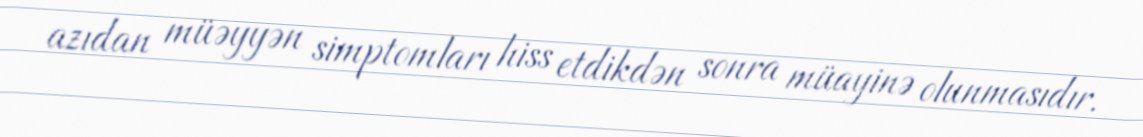
azıdan müəyyən simptomları hiss etdikdən sonra müayinə olunmasıdır.